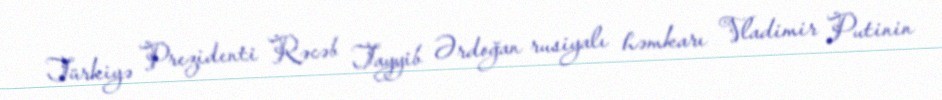
Türkiyə Prezidenti Rəcəb Tayyib Ərdoğan rusiyalı həmkarı Vladimir Putinin